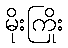
မိုးကြိုး